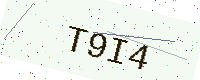
Text: T9I4